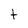
Character: t